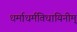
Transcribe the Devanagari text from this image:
धर्माधर्मविधायिनीम्